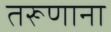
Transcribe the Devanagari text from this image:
तरूणाना